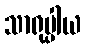
သာရုပ္ပါယ